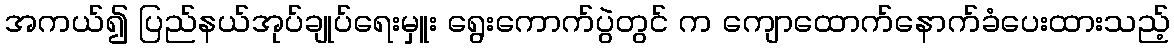
အကယ်၍ ပြည်နယ်အုပ်ချုပ်ရေးမှူး ရွေးကောက်ပွဲတွင် က ကျောထောက်နောက်ခံပေးထားသည့်